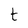
Character: t